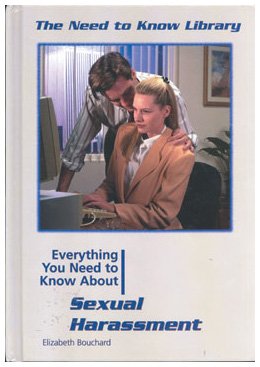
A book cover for Everything You Need to Know About Sexual Harassment (Need to Know Library); Elizabeth Bouchard; Teen & Young Adult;